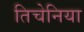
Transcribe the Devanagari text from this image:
तिचेनिया